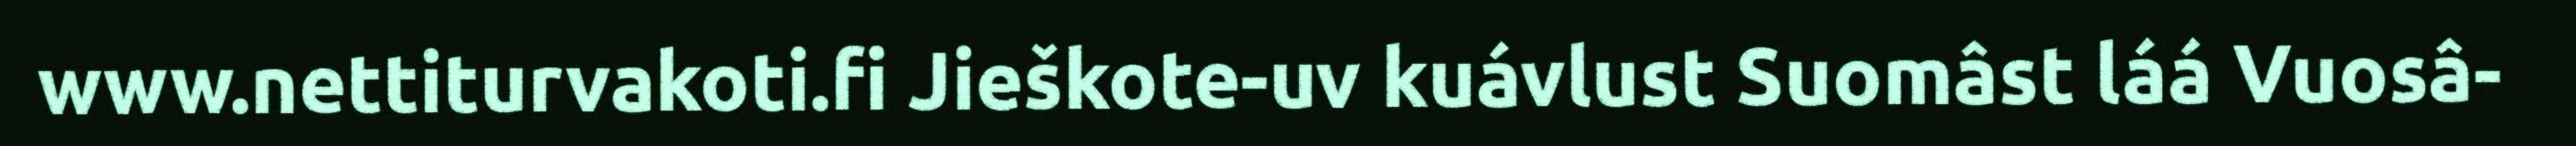
www.nettiturvakoti.fi Jieškote-uv kuávlust Suomâst láá Vuosâ-